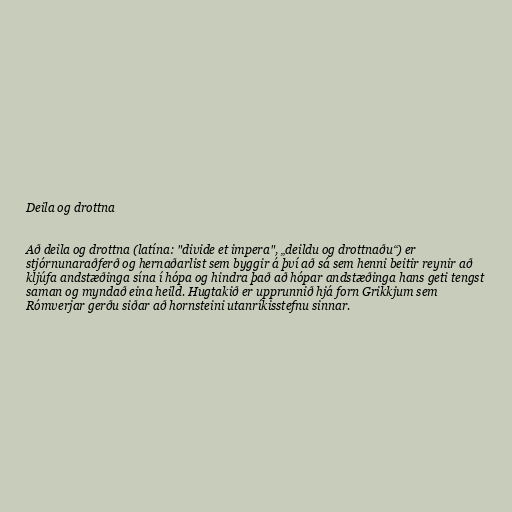
Deila og drottna

Að deila og drottna (latína: "divide et impera", „deildu og drottnaðu“) er
stjórnunaraðferð og hernaðarlist sem byggir á því að sá sem henni beitir reynir að
kljúfa andstæðinga sína í hópa og hindra það að hópar andstæðinga hans geti tengst
saman og myndað eina heild. Hugtakið er upprunnið hjá forn Grikkjum sem
Rómverjar gerðu siðar að hornsteini utanríkisstefnu sinnar.